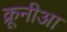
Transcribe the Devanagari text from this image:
क्रूनीआ